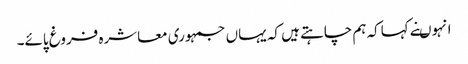
انہوںنے کہاکہ ہم چاہتے ہیں کہ یہاں جمہوری معاشرہ فروغ پائے۔